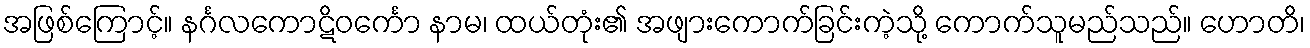
အဖြစ်ကြောင့်။ နင်္ဂလကောဋိဝင်္ကော နာမ၊ ထယ်တုံး၏ အဖျားကောက်ခြင်းကဲ့သို့ ကောက်သူမည်သည်။ ဟောတိ၊